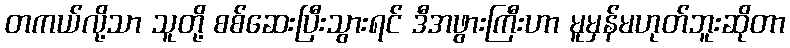
တကယ်လို့သာ သူတို့ စစ်ဆေးပြီးသွားရင် ဒီအဖွားကြီးဟာ မူမှန်မဟုတ်ဘူးဆိုတာ